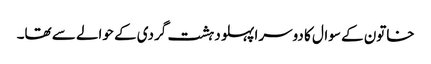
خاتون کے سوال کا دوسرا پہلو دہشت گردی کے حوالے سے تھا۔